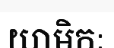
យាមិកៈ